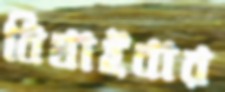
বিষাইবার